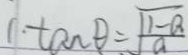
1 . \tan \theta \div \frac { \sqrt { 1 - a } } { a }